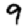
Digit: 9